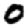
Digit: 0